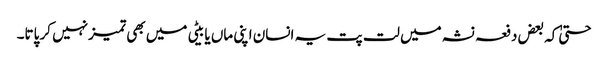
حتیٰ کہ بعض دفعہ نشہ میں لت پت یہ انسان اپنی ماں یا بیٹی میں بھی تمیزنہیں کر پاتا۔